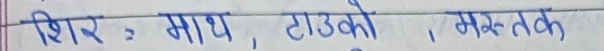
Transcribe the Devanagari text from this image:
शिर : माथ, टाउको, मस्तक